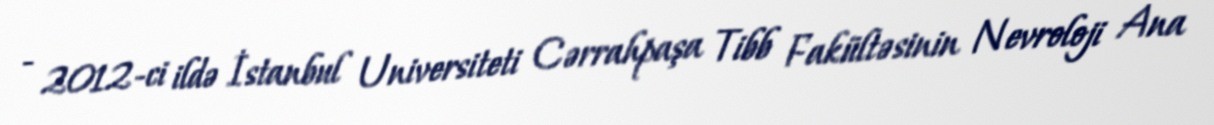
- 2012-ci ildə İstanbul Universiteti Cərrahpaşa Tibb Fakültəsinin Nevroloji Ana